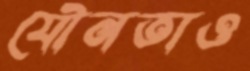
যৌনতাও